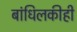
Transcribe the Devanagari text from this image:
बांधिलकीही